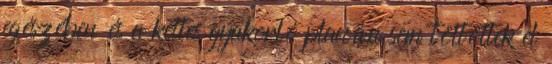
egészében és a kettes gyakorló placcán sem töltöttek el